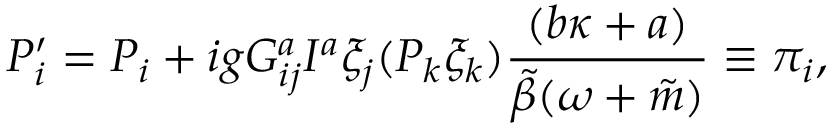
{ \cal P } _ { i } ^ { \prime } = { \cal P } _ { i } + i g G _ { i j } ^ { a } I ^ { a } \xi _ { j } ( { \cal P } _ { k } \xi _ { k } ) \frac { ( b \kappa + a ) } { \tilde { \beta } ( \omega + \tilde { m } ) } \equiv \pi _ { i } ,